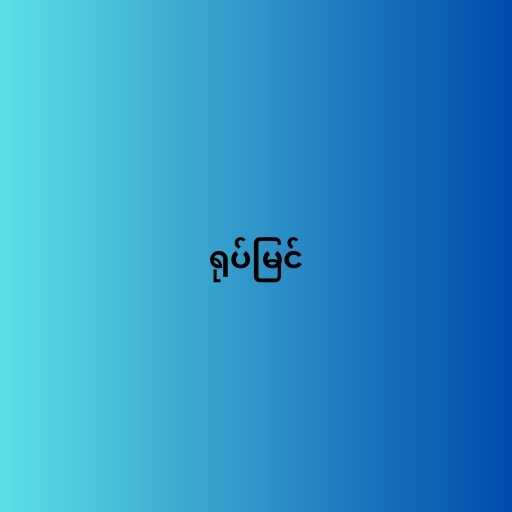
ရုပ်မြင်